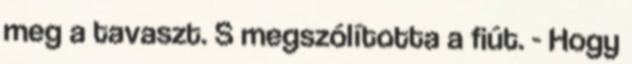
meg a tavaszt. S megszólította a fiút. - Hogy